Report of the Indian Hemp Drugs Commission, 1894-1895 - Volume V
Year: 1894
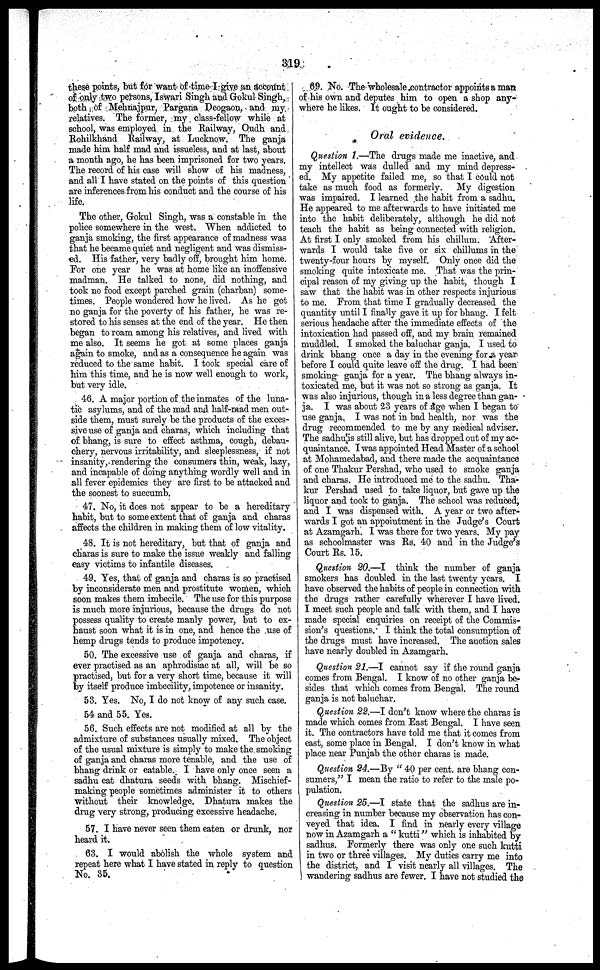
319
these points, but for want of time I give an account
of only two persons, Iswari Singh and Gokul Singh,
both of Mehnajpur, Pargana Deogaon, and my
relatives. The former, my class-fellow while at
school, was employed in the Railway, Oudh and
Rohilkhand Railway, at Lucknow. The ganja
made him half mad and issueless, and at last, about
a month ago, he has been imprisoned for two years.
The record of his case will show of his madness,
and all I have stated on the points of this question
are inferences from his conduct and the course of his
life.
The other, Gokul Singh, was a constable in the
police somewhere in the west. When addicted to
ganja smoking, the first appearance of madness was
that he became quiet and negligent and was dismiss-
ed. His father, very badly off, brought him home.
For one year he was at home like an inoffensive
madman. He talked to none, did nothing, and
took no food except parched grain (charban) some-
times. People wondered how he lived. As he got
no ganja for the poverty of his father, he was re-
stored to his senses at the end of the year. He then
began to roam among his relatives, and lived with
me also. It seems he got at some places ganja
again to smoke, and as a consequence he again was
reduced to the same habit. I took special care of
him this time, and he is now well enough to work,
but very idle.
46. A major portion of the inmates of the luna-
tic asylums, and of the mad and half-mad men out-
side them, must surely be the products of the exces-
sive use of ganja and charas, which including that
of bhang, is sure to effect asthma, cough, debau-
chery, nervous irritability, and sleeplessness, if not
insanity, rendering the consumers thin, weak, lazy,
and incapable of doing anything wordly well and in
all fever epidemics they are first to be attacked and
the soonest to succumb.
47. No, it does not appear to be a hereditary
habit, but to some extent that of ganja and charas
affects the children in making them of low vitality.
48. It is not hereditary, but that of ganja and
charas is sure to make the issue weakly and falling
easy victims to infantile diseases.
49. Yes, that of ganja and charas is so practised
by inconsiderate men and prostitute women, which
soon makes them imbecile. The use for this purpose
is much more injurious, because the drugs do not
possess quality to create manly power, but to ex-
haust soon what it is in one, and hence the use of
hemp drugs tends to produce impotency.
50. The excessive use of ganja and charas, if
ever practised as an aphrodisiac at all, will be so
practised, but for a very short time, because it will
by itself produce imbecility, impotence or insanity.
53. Yes. No, I do not know of any such case.
54 and 55. Yes.
56. Such effects are not modified at all by the
admixture of substances usually mixed. The object
of the usual mixture is simply to make the smoking
of ganja and charas more tenable, and the use of
bhang drink or eatable. I have only once seen a
sadhu eat dhatura seeds with bhang. Mischief-
making people sometimes administer it to others
without their knowledge. Dhatura makes the
drug very strong, producing excessive headache.
57. I have never seen them eaten or drunk, nor
heard it.
63. I would abolish the whole system and
repeat here what I have stated in reply to question
No. 35.
69. No. The wholesale contractor appoints a man
of his own and deputes him to open a shop any-
where he likes. It ought to be considered.
Oral evidence.
Question 1.—The drugs made me inactive, and
my intellect was dulled and my mind depress-
ed. My appetite failed me, so that I could not
take as much food as formerly.
My digestion
was impaired. I learned the habit from a sadhu.
He appeared to me afterwards to have initiated me
into the habit deliberately, although he did not
teach the habit as being connected with religion.
At first I only smoked from his chillum. After-
wards I would take five or six chillums in the
twenty-four hours by myself. Only once did the
smoking quite intoxicate me. That was the prin-
cipal reason of my giving up the habit, though I
saw that the habit was in other respects injurious
to me. From that time I gradually decreased the
quantity until I finally gave it up for bhang. I felt
serious headache after the immediate effects of the
intoxication had passed off, and my brain remained
muddled. I smoked the baluchar ganja. I used to
drink bhang once a day in the evening for a year
before I could quite leave off the drug. I had been
smoking ganja for a year. The bhang always in-
toxicated me, but it was not so strong as ganja. It
was also injurious, though in a less degree than gan-
ja. I was about 23 years of age when I began to
use ganja. I was not in bad health, nor was the
drug recommended to me by any medical adviser.
The sadhu is still alive, but has dropped out of my ac-
quaintance. I was appointed Head Master of a school
at Mohamedabad, and there made the acquaintance
of one Thakur Pershad, who used to smoke ganja
and charas. He introduced me to the sadhu. Tha-
kur Pershad used to take liquor, but gave up the
liquor and took to ganja. The school was reduced,
and I was dispensed with. A year or two after-
wards I got an appointment in the Judge's Court
at Azamgarh. I was there for two years. My pay
as schoolmaster was Rs. 40 and in the Judge's
Court Rs. 15.
Question 20.—I think the number of ganja
smokers has doubled in the last twenty years. I
have observed the habits of people in connection with
the drugs rather carefully wherever I have lived.
I meet such people and talk with them, and I have
made special enquiries on receipt of the Commis-
sion's questions. I think the total consumption of
the drugs must have increased. The auction sales
have nearly doubled in Azamgarh.
Question 21.—I cannot say if the round ganja
comes from Bengal. I know of no other ganja be-
sides that which comes from Bengal. The round
ganja is not baluchar.
Question 22.—I don't know where the charas is
made which comes from East Bengal. I have seen
it. The contractors have told me that it comes from
east, some place in Bengal. I don't know in what
place near Punjab the other charas is made.
Question 24.—By "40 per cent. are bhang con-
sumers," I mean the ratio to refer to the male po-
pulation.
Question 25.—I state that the sadhus are in-
creasing in number because my observation has con-
veyed that idea. I find in nearly every village
now in Azamgarh a "kutti" which is inhabited by
sadhus. Formerly there was only one such kutti
in two or three villages. My duties carry me into
the district, and I visit nearly all villages. The
1 wandering sadhus are fewer. I have not studied the